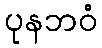
ပုနဘဝံ